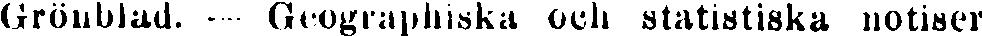
Grönblad. -- Geographiska och statistiska notiser